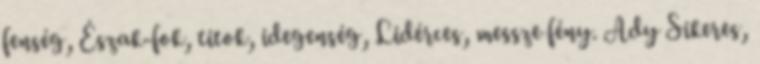
fenség, Észak-fok, titok, idegenség, Lidérces, messze fény. Ady Sikeres,